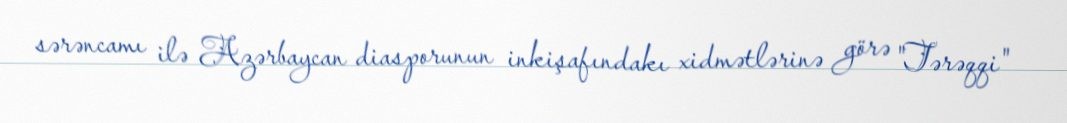
sərəncamı ilə Azərbaycan diasporunun inkişafındakı xidmətlərinə görə "Tərəqqi"